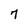
Character: 7